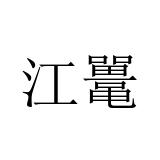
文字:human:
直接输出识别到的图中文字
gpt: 江鼍